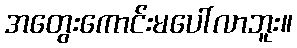
အတွေးကောင်းမပေါ်လာဘူး။